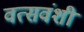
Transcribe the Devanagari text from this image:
वत्सवंशी